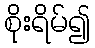
စိုးရိမ်၍